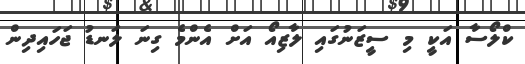
ކްލޯސާ އަކީ މި ސީޒަނުގައި ލާޒިއޯ އަށް އެންމެ ގިނަ ލަނޑު ޖަހައިދިން